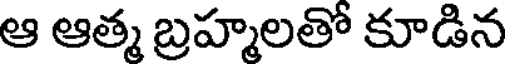
ఆ ఆత్మ బ్రహ్మలతో కూడిన